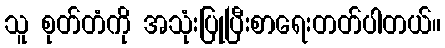
သူ စုတ်တံကို အသုံးပြုပြီးစာရေးတတ်ပါတယ်။